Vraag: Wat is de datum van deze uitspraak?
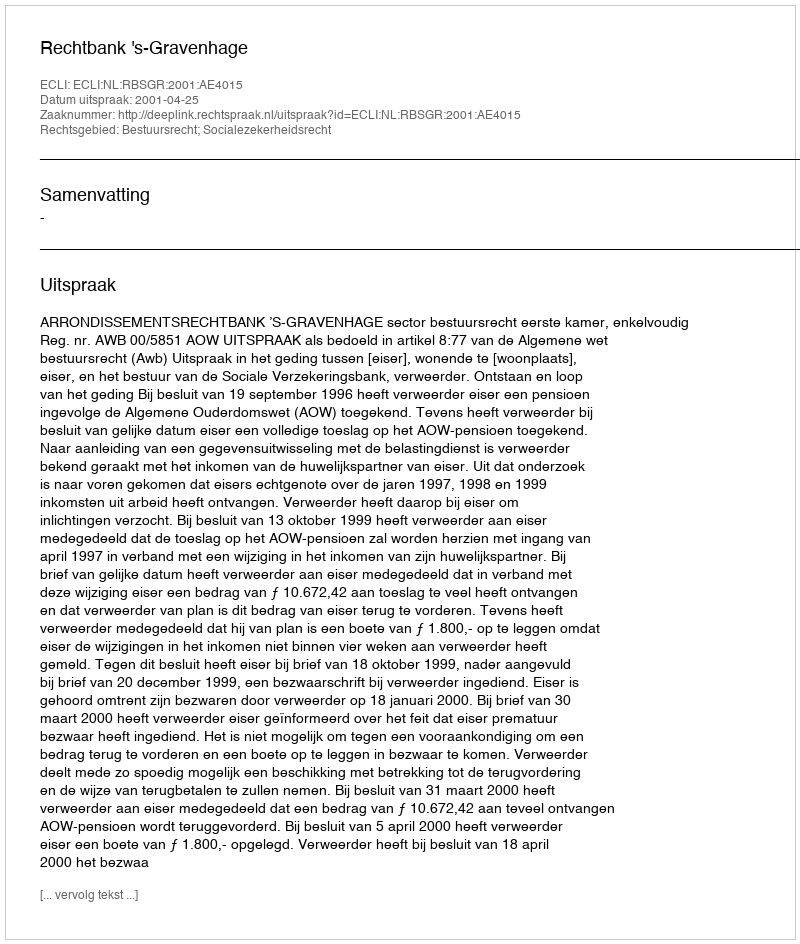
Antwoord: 2001-04-25